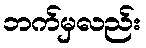
ဘက်မှလည်း